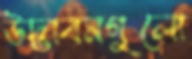
উদ্ভাবনগুলো